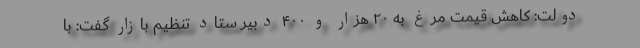
دولت: کاهش قیمت مرغ به ۲۰ هزار و ۴۰۰ دبیر ستاد تنظیم بازار گفت: با